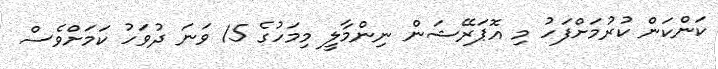
ކަންކަން ކުރުމަށްފަހު މި އޮޕަރޭޝަން ނިންމާލީ މިމަހުގެ 15 ވަނަ ދުވަހު ކަމަށްވެސް